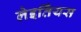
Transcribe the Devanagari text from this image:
लेइर्तिंयस